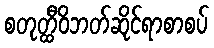
စတုတ္ထီဝိဘတ်ဆိုင်ရာစာစပ်